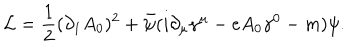
\mathcal { L } = \frac { 1 } { 2 } ( \partial _ { 1 } A _ { 0 } ) ^ { 2 } + \bar { \psi } ( i \partial _ { \mu } \gamma ^ { \mu } - e A _ { 0 } \gamma ^ { 0 } - m ) \psi .